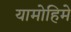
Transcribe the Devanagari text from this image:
यामोहिमे